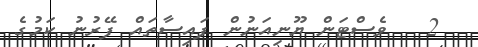
2   ވެސްޓަން ޔޫނިއަނުން ފައިސާތައް ފޭރުނު ކަމުގެ